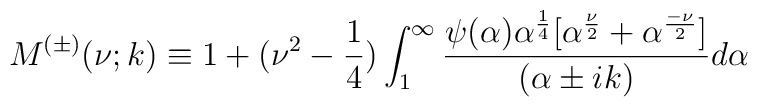
M^{(\pm)}(\nu;k)\equiv 1+(\nu^2-\frac{1}{4})\int_{1}^{\infty}\frac{\psi(\alpha)\alpha^{\frac{1}{4}}[\alpha^{\frac{\nu}{2}}+\alpha^{\frac{-\nu}{2}}]}{(\alpha\pm ik)}d\alpha